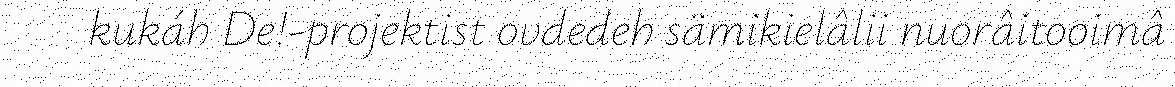
kukáh De!-projektist ovdedeh sämikielâlii nuorâitooimâ